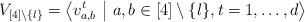
LaTeX: \begin{align*} V_{[4] \setminus \{ l \}} = \left< v_{a,b}^t \ \middle| \ a,b \in [4] \setminus \{ l \}, t = 1, \dots, d \right> \end{align*}